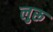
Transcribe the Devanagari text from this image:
लुरू